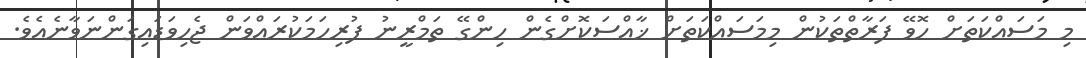
މި މަސައްކަތަށް ހޮވޭ ފަރާތްތަކުން މިމަސައްކަތަށް ޚާއްސަކޮށްގެން ހިންގޭ ތަމްރީނު ފުރިހަމަކުރައްވަން ޖެހިވަޑައިގަންނަވާނެއެވެ.